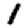
Digit: 1